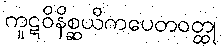
ကူဋဝိနိစ္ဆယိကပေတဝတ္ထု